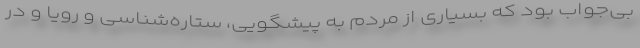
بی‌جواب بود که بسیاری از مردم به پیشگویی، ستاره‌شناسی و رویا و در